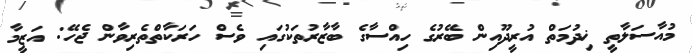
މުއާސަލާތީ ޚިދުމަތް އުރީދޫއިން ބޭރުގެ ހިއްސާގެ ބާޒާރުތަކުގައި ވެސް ހަރަކާތްތެރިވާން ޖެހޭ: އަޒީމާ